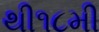
થી૧૮મી